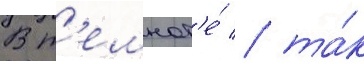
В т'емнот'е́ / та́к